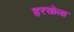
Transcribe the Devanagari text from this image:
हरसोला